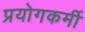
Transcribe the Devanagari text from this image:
प्रयोगकर्मी